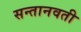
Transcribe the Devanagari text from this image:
सन्तानवती